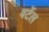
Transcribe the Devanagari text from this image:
वर्टेल